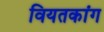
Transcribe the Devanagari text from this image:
वियतकांग